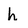
Character: h